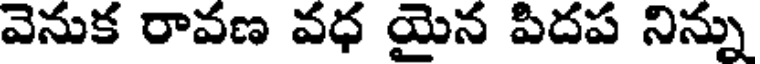
వెనుక రావణ వధ యైన పిదప నిన్ను